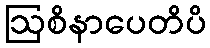
ဩစိနာပေတိပိ